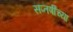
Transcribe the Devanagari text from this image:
सप्तर्षींच्या